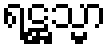
ရဋ္ဌသ္မာ